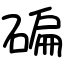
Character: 碥